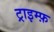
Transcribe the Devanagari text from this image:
ट्राइम्फ़